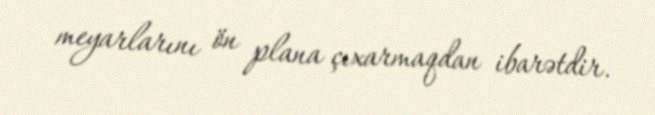
meyarlarını ön plana çıxarmaqdan ibarətdir.